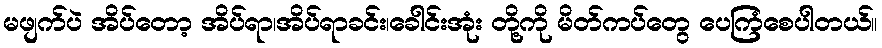
မဖျက်ပဲ အိပ်တော့ အိပ်ရာ၊အိပ်ရာခင်း၊ခေါင်းအုံး တို့ကို မိတ်ကပ်တွေ ပေကြံစေပါတယ်။